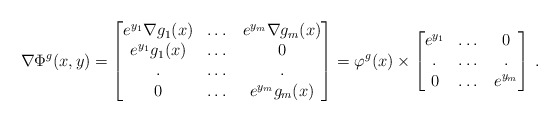
\begin{align*}\nabla \Phi^g(x,y)=\begin{bmatrix} e^{y_1}\nabla g_1(x)& \dots& e^{y_m}\nabla g_m(x)\\ e^{y_1}g_1(x)&\dots&0\\ .&\dots&.\\ 0&\dots&e^{y_m}g_m(x) \end{bmatrix}=\varphi^g(x) \times \begin{bmatrix} e^{y_1}& \dots& 0\\ .&\dots&.\\ 0&\dots&e^{y_m} \end{bmatrix}\,.\end{align*}